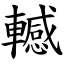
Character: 轗